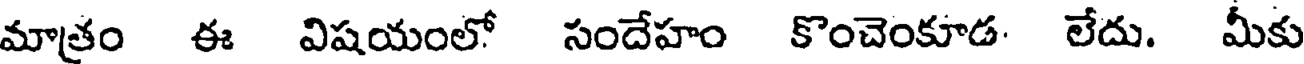
మాతం ఈ విషయంలో సందేహం కొంచెంకూడ. లేదు. మీకు